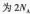
为2N_{A}